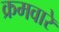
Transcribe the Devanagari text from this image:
क्रमवारे